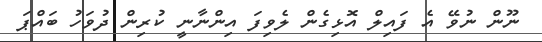
ނޫން ނުވޭ އެ ފައިލް އޮޅިގެން ލެވިފަ އިންނާނީ ކުރިން ދުވަހު ބައްޕަ